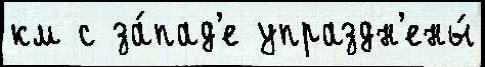
км с за́пад'е упраздн'ены́